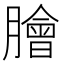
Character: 膾